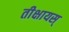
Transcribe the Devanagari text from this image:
तीक्षायस्